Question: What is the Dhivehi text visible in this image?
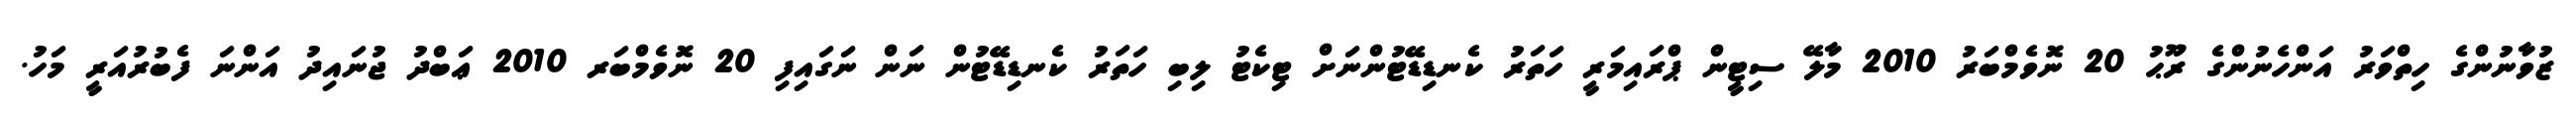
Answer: ޒުވާނުންގެ ހިތްވަރު އަންހެނުންގެ ރޫޙު 20 ނޮވެމްބަރު 2010 މާލޭ ސިޓީން ޕްރައިމަރީ ހަތަރު ކެނޑިޑޭޓުންނަށް ޓިކެޓު ލިބި ހަތަރު ކެނޑިޑޭޓުން ނަން ނަގައިފި 20 ނޮވެމްބަރ 2010 ޢަބްދު ޖުނައިދު އަންނަ ފެބުރުއަރީ މަހު.